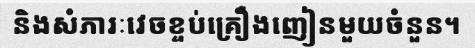
និងសំភារៈវេចខ្ចប់គ្រឿងញៀនមួយចំនួន។